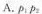
A. p_{1}p_{2}